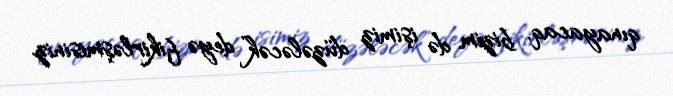
qınayacaq, bizim də işimiz düzələcək” deyə fikirləşmisiniz.